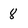
Character: 8